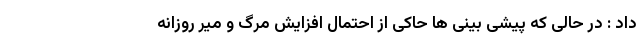
داد : در حالی که پیشی بینی ها حاکی از احتمال افزایش مرگ و میر روزانه